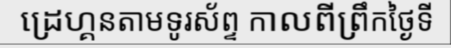
ដ្រេហ្គនតាមទូរស័ព្ទ កាលពីព្រឹកថ្ងៃទី